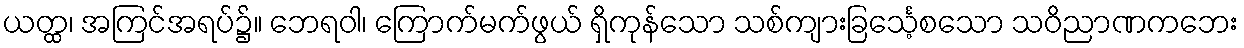
ယတ္ထ၊ အကြင်အရပ်၌။ ဘေရဝါ၊ ကြောက်မက်ဖွယ် ရှိကုန်သော သစ်ကျားခြင်္သေ့စသော သဝိညာဏကဘေး